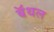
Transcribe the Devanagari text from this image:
बॅथल